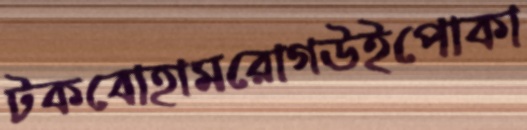
টকবোহামরোগউইপোকা